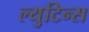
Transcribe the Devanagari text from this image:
ल्युटिन्स